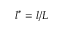
l ^ { * } = l / L